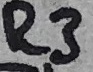
Text: R3